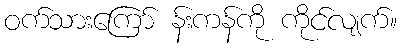
ဝက်သားကြော် န်းကန်ကို ကိုင်လျက်။